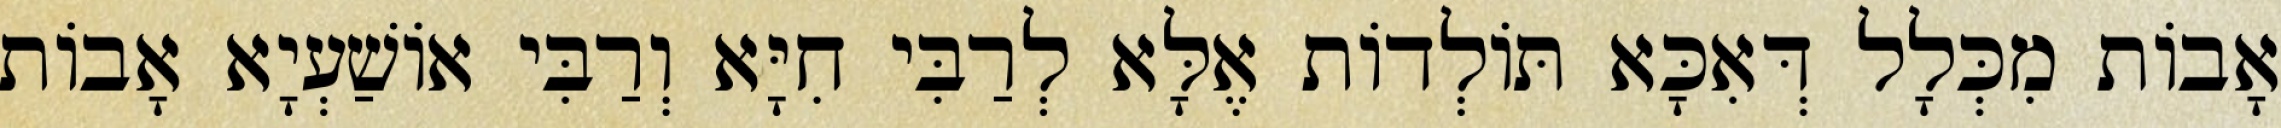
אָבוֹת מִכְּלָל דְּאִכָּא תּוֹלְדוֹת אֶלָּא לְרַבִּי חִיָּא וְרַבִּי אוֹשַׁעְיָא אָבוֹת